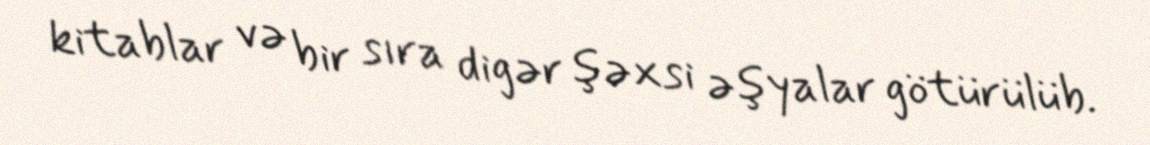
kitablar və bir sıra digər şəxsi əşyalar götürülüb.